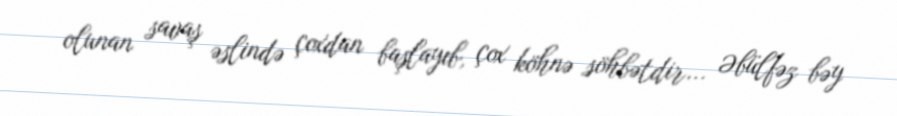
olunan savaş əslində çoxdan başlayıb, çox köhnə söhbətdir... Əbülfəz bəy